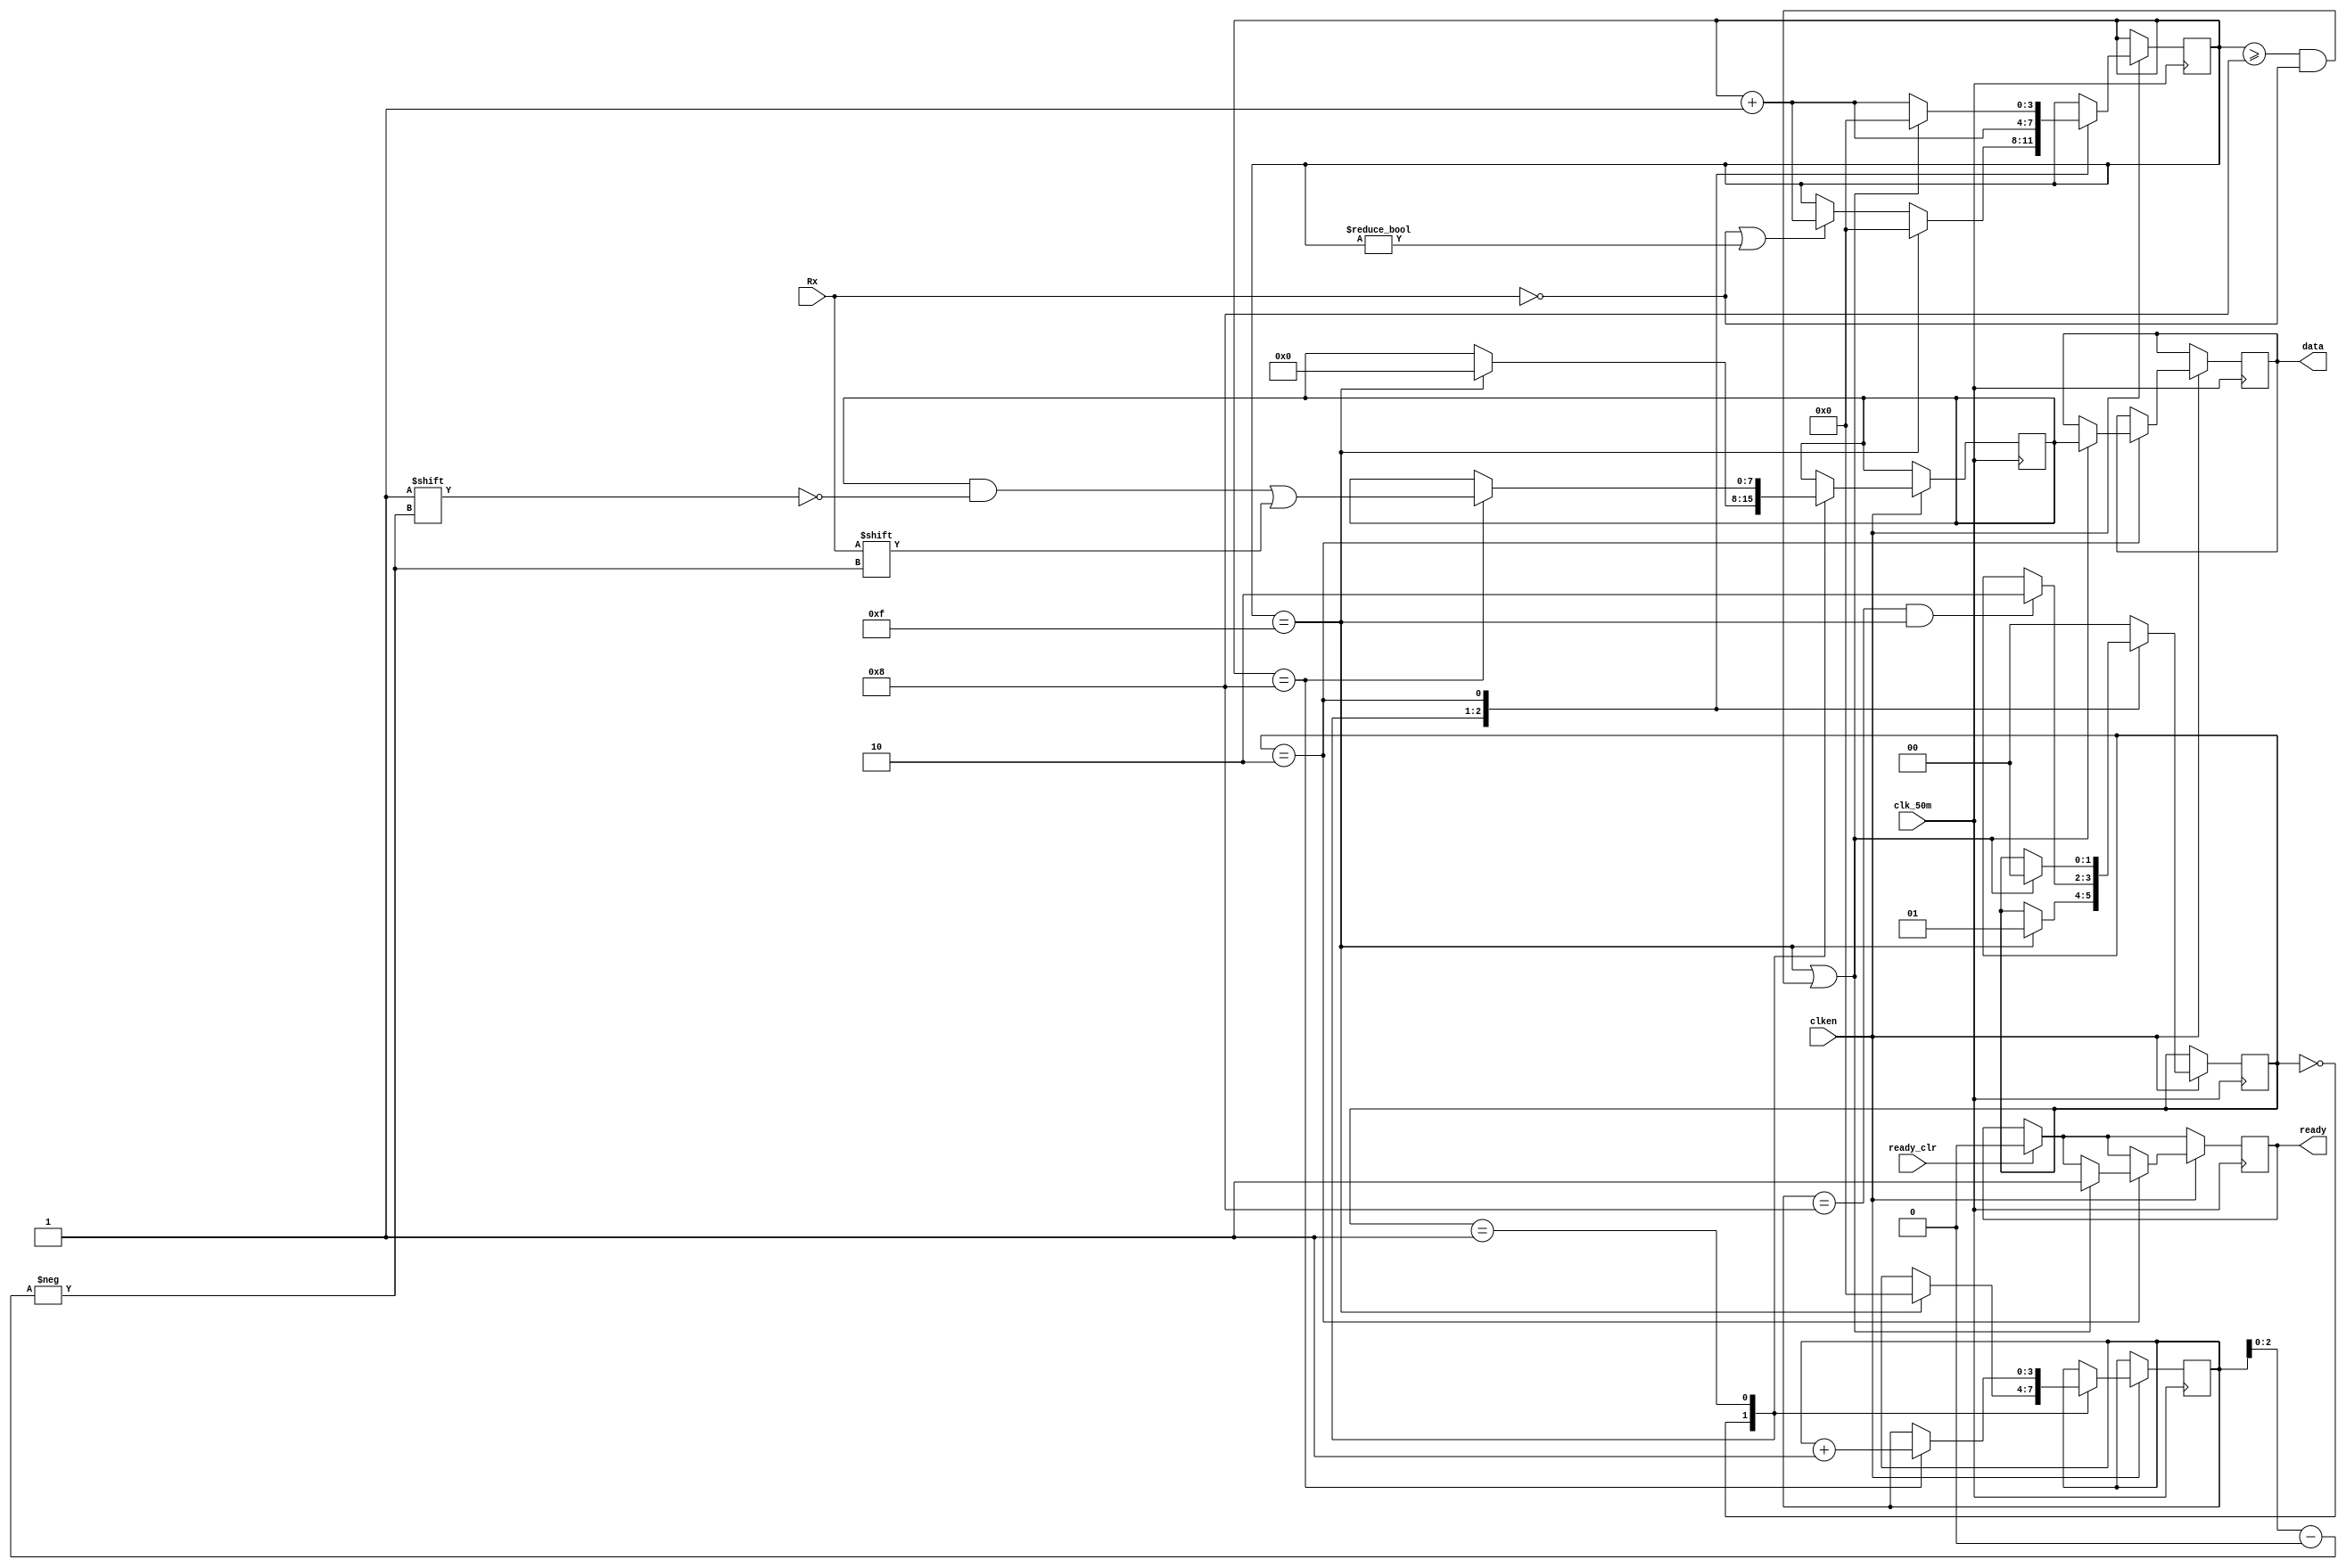
module receiver (
    input wire Rx,
    output reg ready,          // Indicates data is ready
    input wire ready_clr,      // Clear the ready signal
    input wire clk_50m,        // 50 MHz clock
    input wire clken,          // Clock enable for controlling reception timing
    output reg [7:0] data      // Received data output
);

// Initialize default states and data
initial begin
    ready = 1'b0; // Ready flag cleared
    data = 8'b0;  // Data cleared
end

// Receiver states
parameter RX_STATE_START = 2'b00;
parameter RX_STATE_DATA  = 2'b01;
parameter RX_STATE_STOP  = 2'b10;

// Internal state registers
reg [1:0] state = RX_STATE_START;
reg [3:0] sample = 0;      // Bit sampling counter
reg [3:0] bit_pos = 0;     // Position in the data byte
reg [7:0] scratch = 8'b0;  // Temporary storage for the received bits

// Receiver state machine
always @(posedge clk_50m) begin
    if (ready_clr)
        ready <= 1'b0; // Reset ready flag

    if (clken) begin
        case (state)
            RX_STATE_START: begin
                if (!Rx || sample != 0) // Check for start bit
                    sample <= sample + 1;
                if (sample == 15) begin // Full start bit sampled
                    state <= RX_STATE_DATA;
                    bit_pos <= 0;
                    sample <= 0;
                    scratch <= 0;
                end
            end
            RX_STATE_DATA: begin
                sample <= sample + 1;
                if (sample == 8) begin // Middle of data bit sampling
                    scratch[bit_pos[2:0]] <= Rx; // Store received bit
                    bit_pos <= bit_pos + 1;
                end
                if (bit_pos == 8 && sample == 15) // Full byte received
                    state <= RX_STATE_STOP;
            end
            RX_STATE_STOP: begin
                // Check for complete stop bit
                if (sample == 15 || (sample >= 8 && !Rx)) begin
                    state <= RX_STATE_START;
                    data <= scratch;  // Transfer received byte
                    ready <= 1'b1;    // Signal that data is ready
                    sample <= 0;
                end else begin
                    sample <= sample + 1;
                end
            end
            default: begin
                state <= RX_STATE_START; // Reset to start state in case of an undefined state
            end
        endcase
    end
end

endmodule